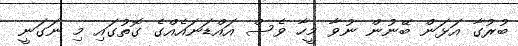
ބުރުގާ އަޅަން ބޭނުން ނުވާ މީހާ ވެސް އައްޑަނައެއްގެ ގޮތުގައި މި ނަގަނީ